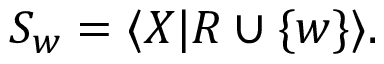
S _ { w } = \langle X | R \cup \{ w \} \rangle .